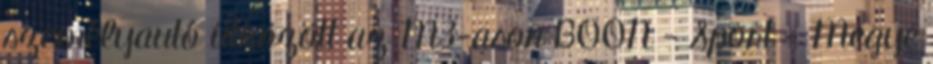
személyautó ütközött az M3-ason BOON - Sport - Megye